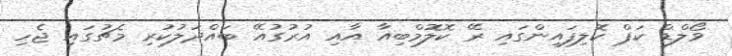
ވޯލްޑް ކަޕް ކޮލިފައިންގައި ރޭ ކޮލޮމްބިއާ އާއި އުރުގުއޭ ބައްދަލުކުރި މެޗުގައި ޖެހި